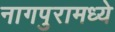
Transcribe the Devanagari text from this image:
नागपुरामध्ये